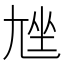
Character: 𡯨